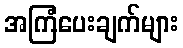
အကြံပေးချက်များ